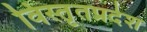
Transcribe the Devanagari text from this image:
विस्तृतप्रदेश